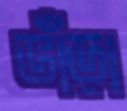
ভাঁড়া